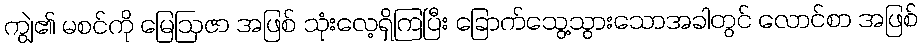
ကျွဲ၏ မစင်ကို မြေဩဇာ အဖြစ် သုံးလေ့ရှိကြပြီး ခြောက်သွေ့သွားသောအခါတွင် လောင်စာ အဖြစ်